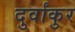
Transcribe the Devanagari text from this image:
दुर्वांकुर